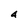
Character: 4